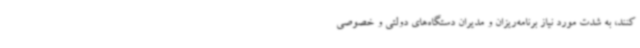
کنند، به شدت مورد نیاز برنامه‌ریزان و مدیران دستگاه‌های دولتی و خصوصی